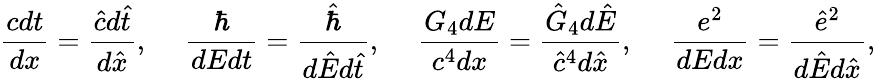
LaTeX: {\frac{cdt}{dx}}={\frac{\hat{c}d\hat{t}}{d\hat{x}}},\ \ \ \ \ {\frac{\hbar}{dEdt}}={\frac{\hat{\hbar}}{d\hat{E}d\hat{t}}},\ \ \ \ \ {\frac{G_{4}dE}{c^{4}dx}}={\frac{\hat{G}_{4}d\hat{E}}{\hat{c}^{4}d\hat{x}}},\ \ \ \ \ {\frac{e^{2}}{dEdx}}={\frac{\hat{e}^{2}}{d\hat{E}d\hat{x}}},